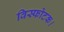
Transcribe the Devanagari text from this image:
विस्फोटक।